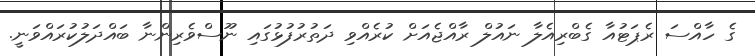
ގެ ހާއްސަ ރެޕަޓުއާ ގެބްރިއެލާ ނައުލް ރާއްޖެއަށް ކުރެއްވި ދަތުރުފުޅުގައި ނޫސްވެރިންނާ ބައްދަލުކުރައްވަނީ.